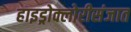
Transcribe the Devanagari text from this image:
हाइड्रोक्लोरीसंजात